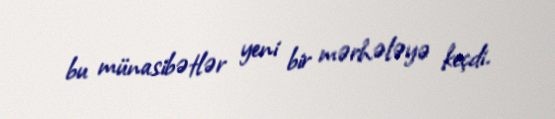
bu münasibətlər yeni bir mərhələyə keçdi.